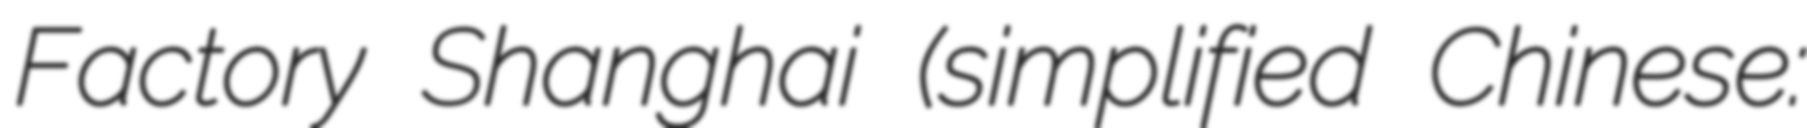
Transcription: Factory Shanghai (simplified Chinese: